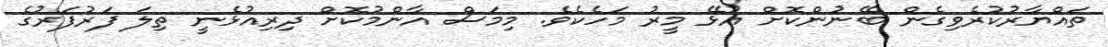
ތައްޔާރުކުރެވިގެން ބޭނުންކޮށް އުޅޭ މީރު މަހެކެވެ. މިމަސް އާންމުކޮށް ދިރިއުޅެނީ ތިލަ ފަރުފަރުގެ